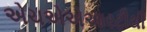
એચએએઆરટીથી